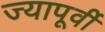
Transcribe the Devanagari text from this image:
ज्यापूर्वी